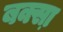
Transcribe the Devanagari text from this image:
बक्सा़